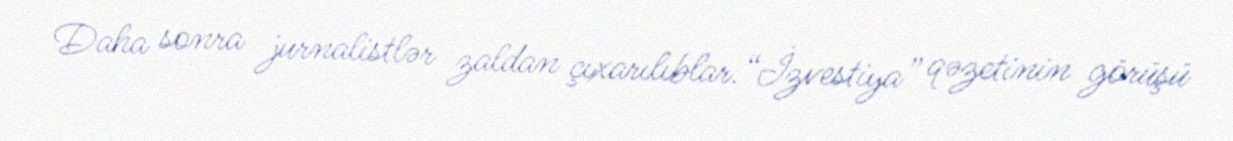
Daha sonra jurnalistlər zaldan çıxarılıblar.“İzvestiya” qəzetinin görüşü